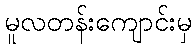
မူလတန်းကျောင်းမှ